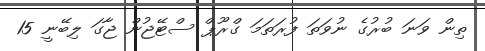
ތިން ވަނަ ބުރުގެ ނުވަތަ ފުރަތަމަ ގްރޫޕް ސްޓޭޖުން ޖާގަ ލިބޭނީ 15